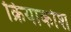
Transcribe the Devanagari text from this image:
क्रियाकोश